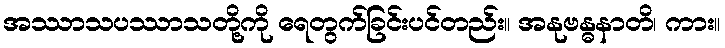
အဿာသပဿာသတို့ကို ရေတွက်ခြင်းပင်တည်း။ အနုဗန္ဓနာတိ၊ ကား။